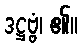
ဒဋ္ဌဗ္ဗံ၊ ၏။